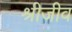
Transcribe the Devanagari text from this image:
श्रीजीव